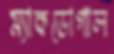
ম্যাকডোগাল